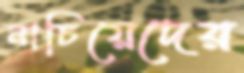
নাচিয়েদের